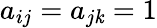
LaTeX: a_{ij}=a_{j\mathit{k}}=1